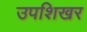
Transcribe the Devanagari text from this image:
उपशिखर